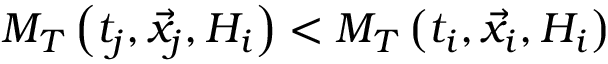
M _ { T } \left( t _ { j } , \vec { x } _ { j } , { \cal H } _ { i } \right) < M _ { T } \left( t _ { i } , \vec { x } _ { i } , { \cal H } _ { i } \right)